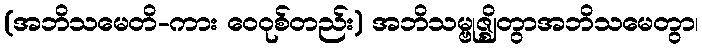
(အဘိသမေတိ-ကား ဝေဝုစ်တည်း) အဘိသမ္ဗုဇ္ဈိတွာအဘိသမေတွာ၊